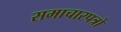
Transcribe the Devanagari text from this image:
समाचारपत्रो